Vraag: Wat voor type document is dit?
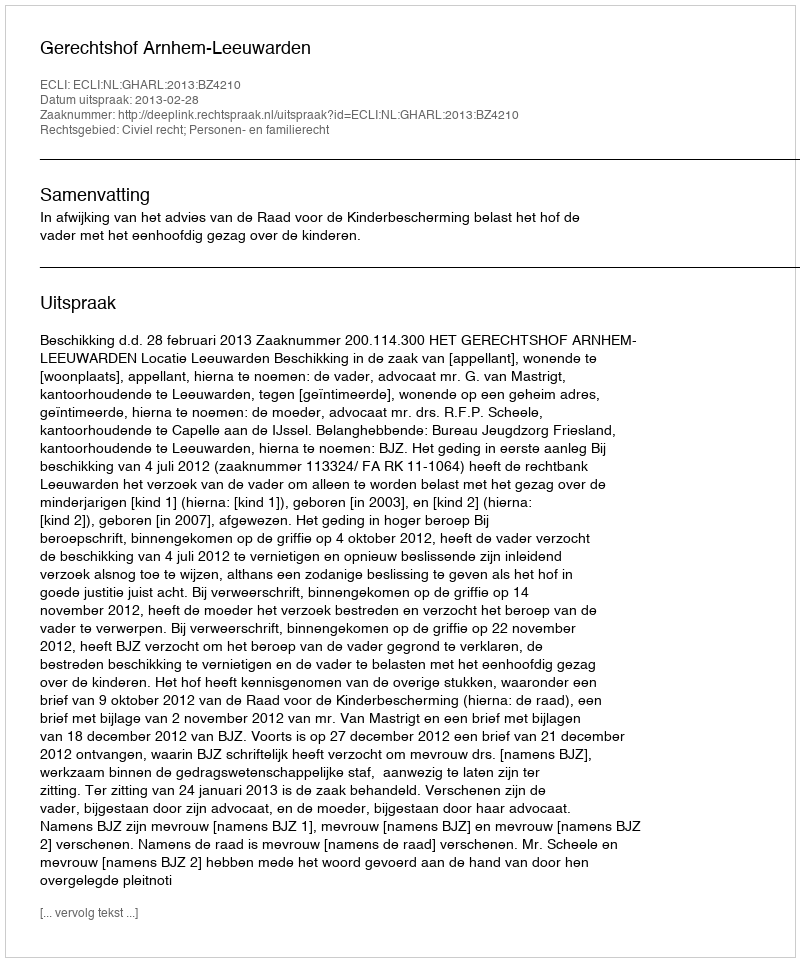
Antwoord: Uitspraak